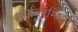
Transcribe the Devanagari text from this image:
धर्माव्लम्बियों